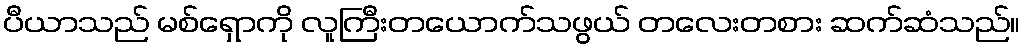
ပီယာသည် မစ်ရှောကို လူကြီးတယောက်သဖွယ် တလေးတစား ဆက်ဆံသည်။